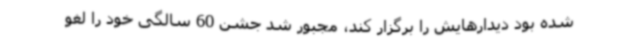
شده بود دیدارهایش را برگزار کند، مجبور شد جشن 60 سالگی خود را لغو